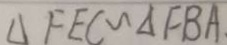
\Delta F E C \sim \Delta F B A .